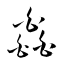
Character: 皛